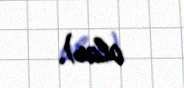
olar).